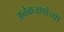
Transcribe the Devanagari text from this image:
अनेकजणांच्या